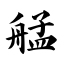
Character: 艋